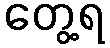
တွေ့ရ